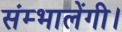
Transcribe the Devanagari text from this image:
संम्भालेंगी।